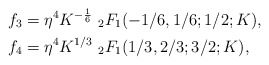
\begin{align*} f_3 &= \eta^4K^{-\frac 16}~_2F_1(-1/6,1/6;1/2;K),\\ f_4 &= \eta^4K^{1/3}~_2F_1(1/3,2/3;3/2;K),\end{align*}